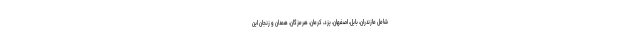
شامل مازندران، بابل، اصفهان، یزد، کرمان، هرمزگان، همدان و زنجان این